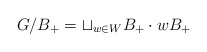
\begin{align*}G/B_+ = \sqcup_{w \in W} B_+ \cdot w B_+ \end{align*}